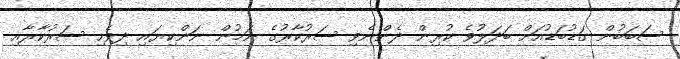
ސަބަބުން ގަޑުބަޑުއަށް ބަދަލުވެ ކުރިން ދެންނެވި ސަރުކާރުގެ ނަމުން ނަންކިޔައި ދިވެހި ސަރުކާރާއި